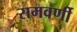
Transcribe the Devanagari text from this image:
समवर्णी